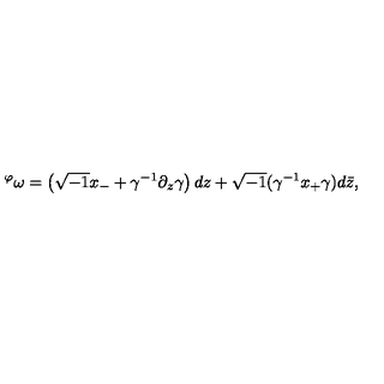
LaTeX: { } ^ { \varphi } \omega = \left( \sqrt { - 1 } x _ { - } + \gamma ^ { - 1 } \partial _ { z } \gamma \right) d z + \sqrt { - 1 } ( \gamma ^ { - 1 } x _ { + } \gamma ) d \bar { z } ,